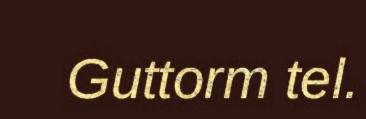
Guttorm tel.